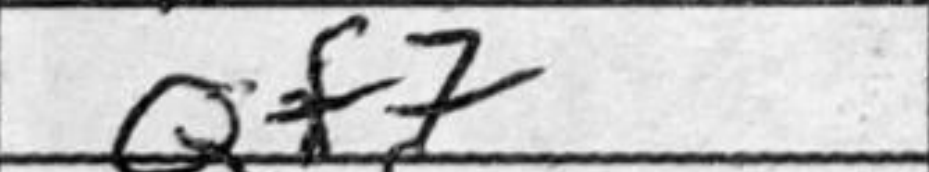
Transcription: Qf7